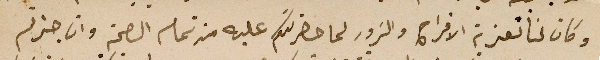
وكان لنا تعزية الافراح والسَرور لما حضرتكم عليه من تمام الصحة وان جزتم